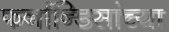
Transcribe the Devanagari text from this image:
फर्नान्डिसांच्या